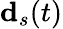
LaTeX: \mathbf{d}_{s}(t)